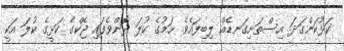
ކަޅުކަންގަދަ އިސްތަށިގަނޑެއް ލިބިފައެވެ. ހަމުގެ ކުލަ ދޮންވެފައި ޖެކްގެ ކަޅީގެ ކުލަ އަކީ